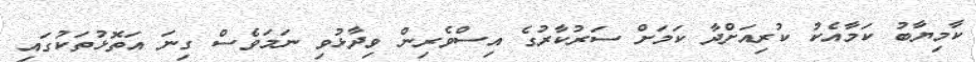
ކާމިޔާބު ކަމާއެކު ކުރިއަށްދާ ކަމަށް ސަރުކާރުގެ އިސްވެރިން ވިދާޅުވި ނަމަވެސް ގިނަ އަތޮޅުތަކުގައި